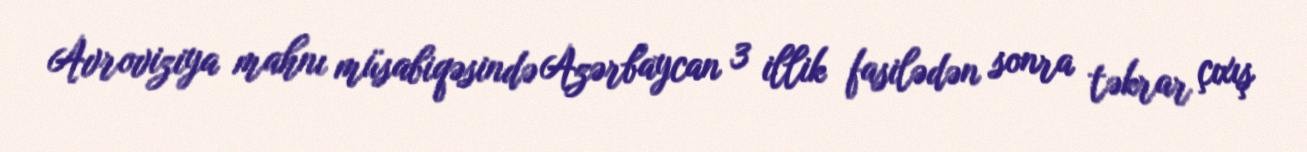
Avroviziya mahnı müsabiqəsində Azərbaycan 3 illik fasilədən sonra təkrar çıxış